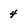
Character: 4